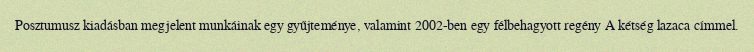
Posztumusz kiadásban megjelent munkáinak egy gyűjteménye, valamint 2002-ben egy félbehagyott regény A kétség lazaca címmel.